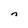
Character: n